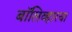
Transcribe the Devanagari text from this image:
बॉलिव्हारचा